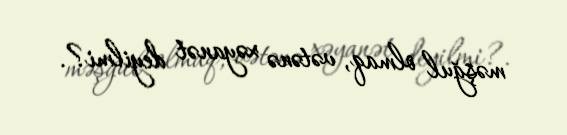
məşğul olmaq, vətənə xəyanət deyilmi?.